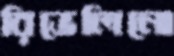
রিভেলিনো